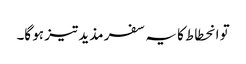
تو انحطاط کا یہ سفر مذید تیز ہو گا۔